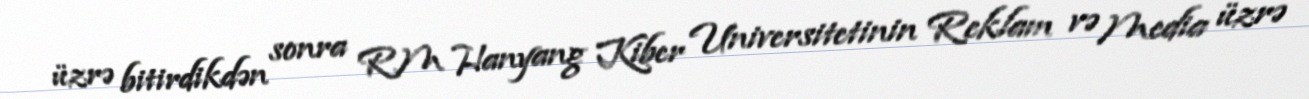
üzrə bitirdikdən sonra RM Hanyang Kiber Universitetinin Reklam və Media üzrə